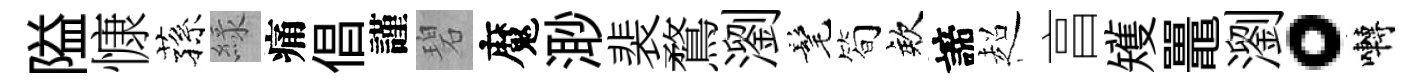
隘慷蓀緑痛倡謹碧魔𣺌裴鶩瀏髦简欸諦超亯矱鼉瀏。囀